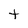
Character: t